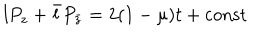
l P _ { z } + \bar { l } P _ { \bar { z } } = 2 ( 1 - \mu ) t + \mathrm { c o n s t }